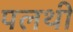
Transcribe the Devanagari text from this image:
पलथी